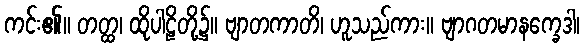
ကင်း၏။ တတ္ထ၊ ထိုပါဠိတို့၌။ ဗျာတကာတိ၊ ဟူသည်ကား။ ဗျာဂတမာနက္ခေဒါ၊